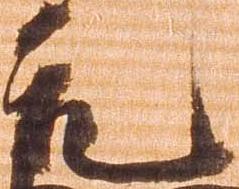
元